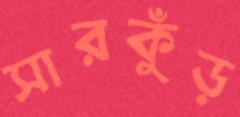
সারকুঁড়